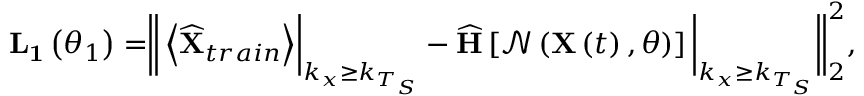
\begin{array} { r } { \mathbf { L _ { 1 } } \left( \theta _ { 1 } \right) = \biggr \| \left< \widehat { \mathbf { X } } _ { t r a i n } \right> \biggr \rvert _ { k _ { x } \geq k _ { T _ { S } } } - \widehat { \mathbf { H } } \left[ \mathcal { N } \left( \mathbf { X } \left( t \right) , \theta \right) \right] \bigg \rvert _ { k _ { x } \geq k _ { T _ { S } } } \biggr \| _ { 2 } ^ { 2 } , } \end{array}